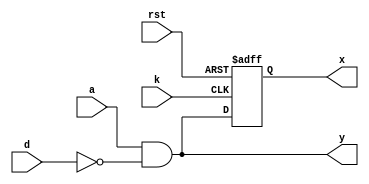
module clb_dd(
	input a,
	input d,
	input k,
	input rst,
	output x,
	output y
);

	wire f;
	reg q;
	
	assign f = a & ~d;
	
	always @(posedge k, negedge rst) begin
		if (rst == 1'b0) begin
			q <=1'b0;
		end else begin
			q <= f;
		end
	end
	
	assign x = q;
	assign y = f;

endmodule